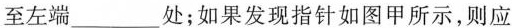
至左端___处；如果发现指针如图甲所示，则应